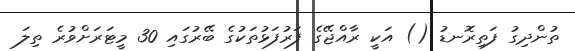
ތުންދިގު ފަތިރޮނޑު () އަކީ ރާއްޖޭގެ ފަރުފަޅުތަކުގެ ބޭރުގައި 30 މީޓަރަށްވުރެ ތިލަ